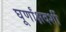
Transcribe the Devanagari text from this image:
घूर्णांक्षदर्शी